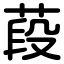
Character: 葮